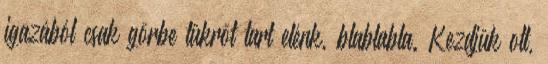
igazából csak görbe tükröt tart elénk, blablabla. Kezdjük ott,